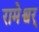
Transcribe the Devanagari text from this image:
रामेश्वर्